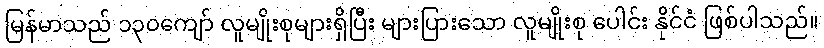
မြန်မာသည် ၁၃၀ကျော် လူမျိုးစုများရှိပြီး များပြားသော လူမျိုးစု ပေါင်း နိုင်ငံ ဖြစ်ပါသည်။